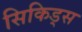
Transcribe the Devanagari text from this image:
सिकिड्स